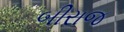
બીરાજ